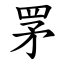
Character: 罞